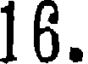
16.